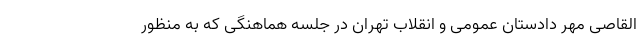
القاصی مهر دادستان عمومی و انقلاب تهران در جلسه هماهنگی که به منظور